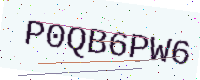
Text: P0QB6PW6